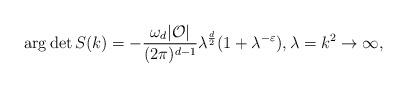
LaTeX: \begin{align*}\arg \det S(k)=- \frac{\omega_d|\mathcal O|}{(2\pi)^{d-1}}\lambda^{\frac d 2}(1+\lambda^{-\varepsilon}), \lambda=k^2\to\infty,\end{align*}